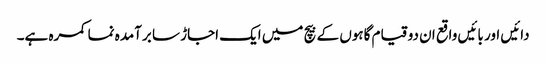
دائیں اور بائیں واقع ان دو قیام گاہوں کے بیچ میں ایک اجاڑ سا برآمدہ نما کمرہ ہے۔